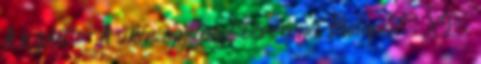
A képlet - A siker egyetemes törvényei Budapest, XI.